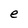
Character: e